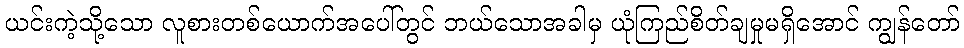
ယင်းကဲ့သို့သော လူစားတစ်ယောက်အပေါ်တွင် ဘယ်သောအခါမှ ယုံကြည်စိတ်ချမှုမရှိအောင် ကျွန်တော်